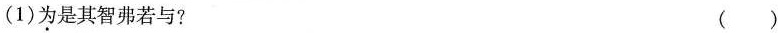
(1)为是其智弗若与?